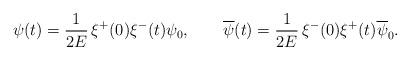
LaTeX: \begin{align*}\psi (t)=\frac{1}{2E}\,\xi ^+(0)\xi ^-(t)\psi _{0},\qquad\overline{\psi}(t)=\frac{1}{2E}\,\xi ^-(0)\xi ^+(t)\overline{\psi}_{0}.\end{align*}